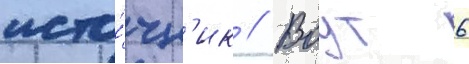
исто́чн'ик // Воут 6